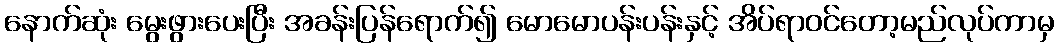
နောက်ဆုံး မွေးဖွားပေးပြီး အခန်းပြန်ရောက်၍ မောမောပန်းပန်းနှင့် အိပ်ရာဝင်တော့မည်လုပ်ကာမှ